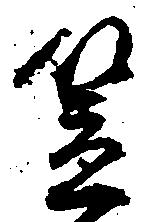
笠